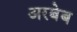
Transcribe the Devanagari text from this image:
अरबेब